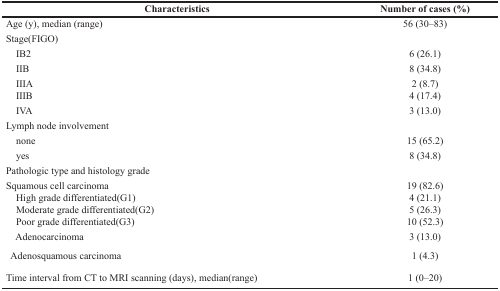
<table><thead><tr><td><b>Characteristics</b></td><td><b>Number of cases (%)</b></td></tr></thead><tbody><tr><td>Age (y), median (range)</td><td>56 (30–83)</td></tr><tr><td>Stage(FIGO)</td><td></td></tr><tr><td> IB2</td><td>6 (26.1)</td></tr><tr><td> IIB</td><td>8 (34.8)</td></tr><tr><td> IIIA IIIB</td><td>2 (8.7)4 (17.4)</td></tr><tr><td> IVA</td><td>3 (13.0)</td></tr><tr><td>Lymph node involvement</td><td></td></tr><tr><td> none</td><td>15 (65.2)</td></tr><tr><td> yes</td><td>8 (34.8)</td></tr><tr><td>Pathologic type and histology grade</td><td></td></tr><tr><td>Squamous cell carcinoma High grade differentiated(G1) Moderate grade differentiated(G2) Poor grade differentiated(G3)</td><td>19 (82.6)4 (21.1)5 (26.3)10 (52.3)</td></tr><tr><td> Adenocarcinoma</td><td>3 (13.0)</td></tr><tr><td> Adenosquamous carcinoma</td><td>1 (4.3)</td></tr><tr><td>Time interval from CT to MRI scanning (days), median(range)</td><td>1 (0–20)</td></tr></tbody></table>